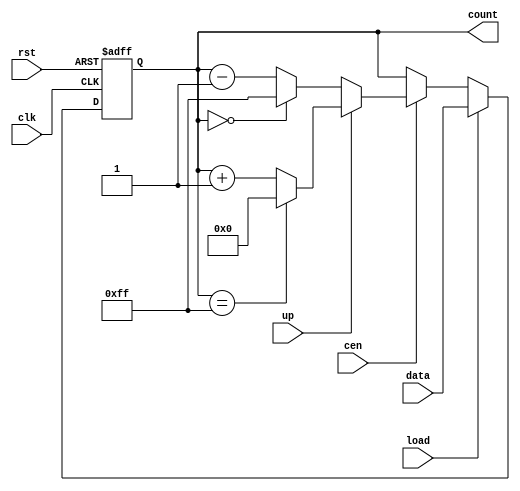
module synchronous_load_counter #(
    parameter WIDTH = 8,          // Bit width of the counter
    parameter MAX_COUNT = 255     // Maximum count value for wrap-around (for 8-bit, it's 255)
)(
    input wire clk,               // Clock signal
    input wire rst,               // Asynchronous reset
    input wire load,              // Load control signal
    input wire cen,               // Count enable signal
    input wire up,                // Up/Down control signal (1 for up, 0 for down)
    input wire [WIDTH-1:0] data,  // Data input for loading
    output reg [WIDTH-1:0] count  // Current count output
);

    // Asynchronous reset
    always @(posedge clk or posedge rst) begin
        if (rst) begin
            count <= 0; // Reset to zero or any predefined value
        end else if (load) begin
            count <= data; // Load the data value into the counter
        end else if (cen) begin
            if (up) begin
                if (count == MAX_COUNT) begin
                    count <= 0; // Wrap around to zero
                end else begin
                    count <= count + 1; // Increment the counter
                end
            end else begin
                if (count == 0) begin
                    count <= MAX_COUNT; // Wrap around to max value
                end else begin
                    count <= count - 1; // Decrement the counter
                end
            end
        end
    end

endmodule